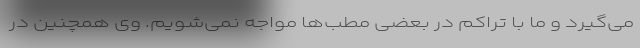
می‌گیرد و ما با تراکم در بعضی مطب‌ها مواجه نمی‌شویم. وی همچنین در